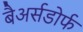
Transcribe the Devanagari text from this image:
बैअर्सडोर्फ